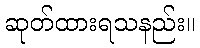
ဆုတ်ထားရသနည်း။